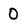
Character: 0